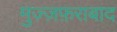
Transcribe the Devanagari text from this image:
मुज़्ज़फ़राबाद